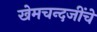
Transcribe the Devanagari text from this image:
खेमचन्दजींचे